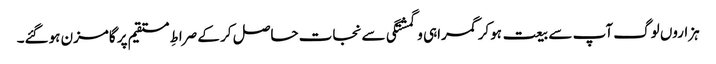
ہزاروں لوگ آپ سے بیعت ہوکر گمراہی و گمشتگی سے نجات حاصل کر کے صراطِ مستقیم پر گامزن ہوگئے۔